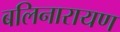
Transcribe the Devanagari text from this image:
बलिनारायण